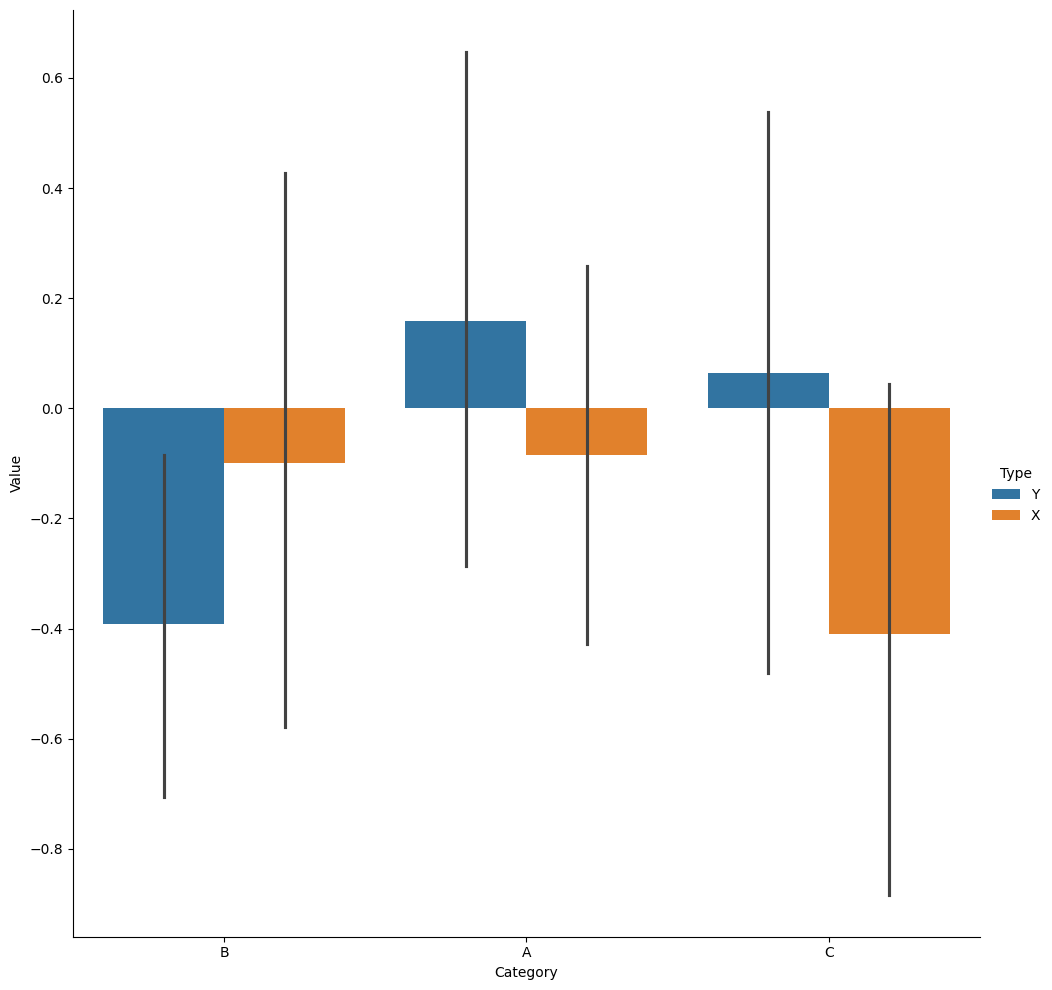
python, seaborn, catplot, kind='bar', height=10, aspect=1